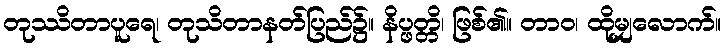
တုဿိတာပူရေ၊ တုသိတာနတ်ပြည်၌။ နိပ္ဖတ္တိ၊ ဖြစ်၏။ တာဝ၊ ထိုမျှလောက်။